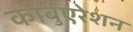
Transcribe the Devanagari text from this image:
कार्बुएरेशन